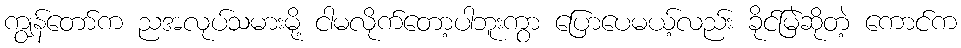
ကျွန်တော်က ညအလုပ်သမားမို့ ငါမလိုက်တော့ပါဘူးကွာ ပြောပေမယ့်လည်း ခိုင်မြဲဆိုတဲ့ ကောင်က